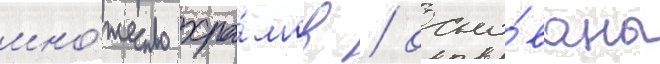
мно́жество хра́мов / осно́ваны